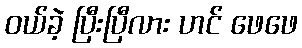
ဝယ်ခဲ့ ပြီးပြီလား ဟင် ဖေဖေ